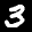
Label: 3